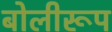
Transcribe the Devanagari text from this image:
बोलीरूप